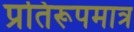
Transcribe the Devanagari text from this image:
प्रतिरूपमात्र